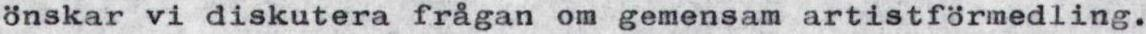
önskar vi diskutera frågan om gemensam artistförmedling.